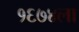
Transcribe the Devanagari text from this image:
१६७४ला